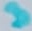
Text: 3